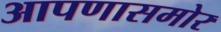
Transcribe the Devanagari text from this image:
आपणासमोर